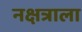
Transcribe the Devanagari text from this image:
नक्षत्राला